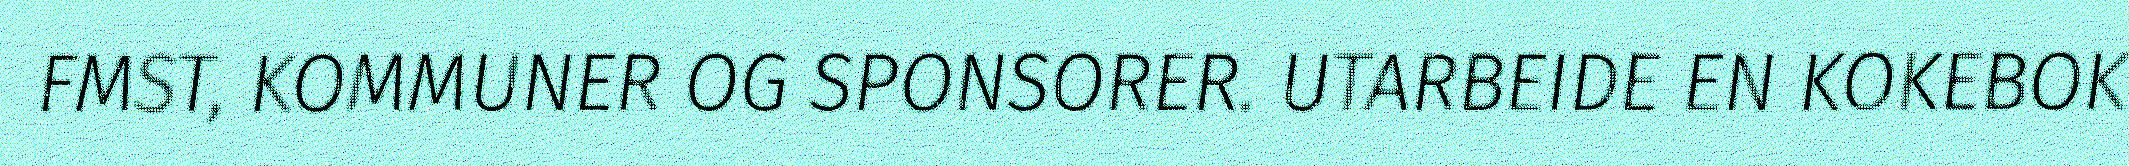
FMST, KOMMUNER OG SPONSORER. UTARBEIDE EN KOKEBOK